Vaccination in Bombay 1924-1928 - 1924-1928
Year: 1924
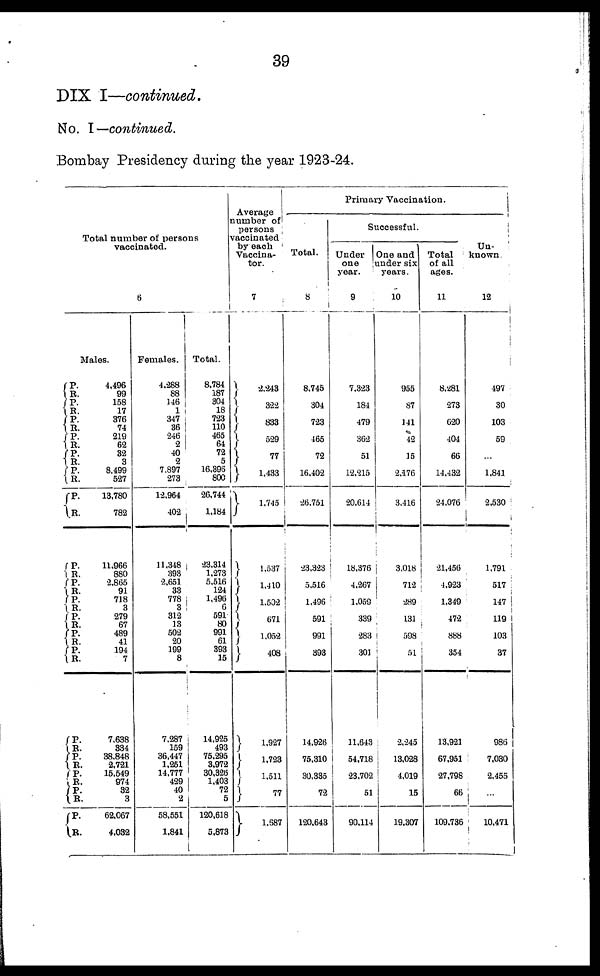
39
DIX I—continued.
No. I— continued.
Bombay Presidency during the year 1923-24.
Total number of persons
vaccinated.
6
Males.
P.
R.
P.
R.
P.
R.
P.
R.
P.
R.
P.
R.
P.
R.
P.
R.
P.
R.
P.
R.
P.
R.
P.
R.
P.
R.
P.
R.
P.
R.
P.
R.
P.
R.
P.
R.
4,496
99
158
17
376
74
219
62
32
3
8,499
527
13,780
782
11,966
880
2,865
91
718
3
279
67
489
41
194
7
7,638
334
38,848
2,721
15,549
974
32
3
62,067
4,032
Females.
4,288
88
146
1
347
36
246
2
40
2
7,897
273
12,964
402
11,348
393
2,651
33
778
3
312
13
502
20
199
8
7,287
159
36,447
1,251
14,777
429
40
2
58,551
1,841
Total.
8,784
187
304
18
723
110
465
64
72
5
16,396
800
26,744
1,184
23,314
1,273
5,516
124
1,496
6
591
80
991
61
393
15
14,925
493
75,295
3,972
30,326
1,403
72
5
120,618
5,873
Average
number of
persons
vaccinated
by each
Vaccina¬
tor.
7
2,243
322
833
529
77
1,433
1,745
1,537
1,410
1,502
671
1,052
408
1,927
1,723
1,511
77
1,687
Primary Vaccination.
Total.
8
8,745
304
723
465
72
16,402
26,751
23,323
5,516
1,496
591
991
393
14,926
75,310
30,335
72
120,643
Successful.
Under
one
year.
9
7,323
184
479
362
51
12,215
20,614
18,376
4,267
1,059
339
283
301
11,643
54,718
23,702
51
90,114
One and
under six
years.
10
955
87
141
42
15
2,176
3,416
3,018
712
289
131
598
51
2,245
13,028
4,019
15
19,307
Total
of all
ages.
11
8,281
273
620
404
66
14,432
24,076
21,456
1,923
1,349
472
888
354
13,921
67,951
27,798
66
109,736
Un-
known.
12
497
30
103
59
...
1,841
2,530
1,791
517
147
119
103
37
986
7,030
2,455
...
10,471